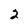
Character: 2